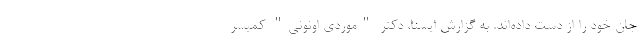
جان خود را از دست داده‌اند. به گزارش ایسنا، دکتر "موردی اونونی" کمیسر